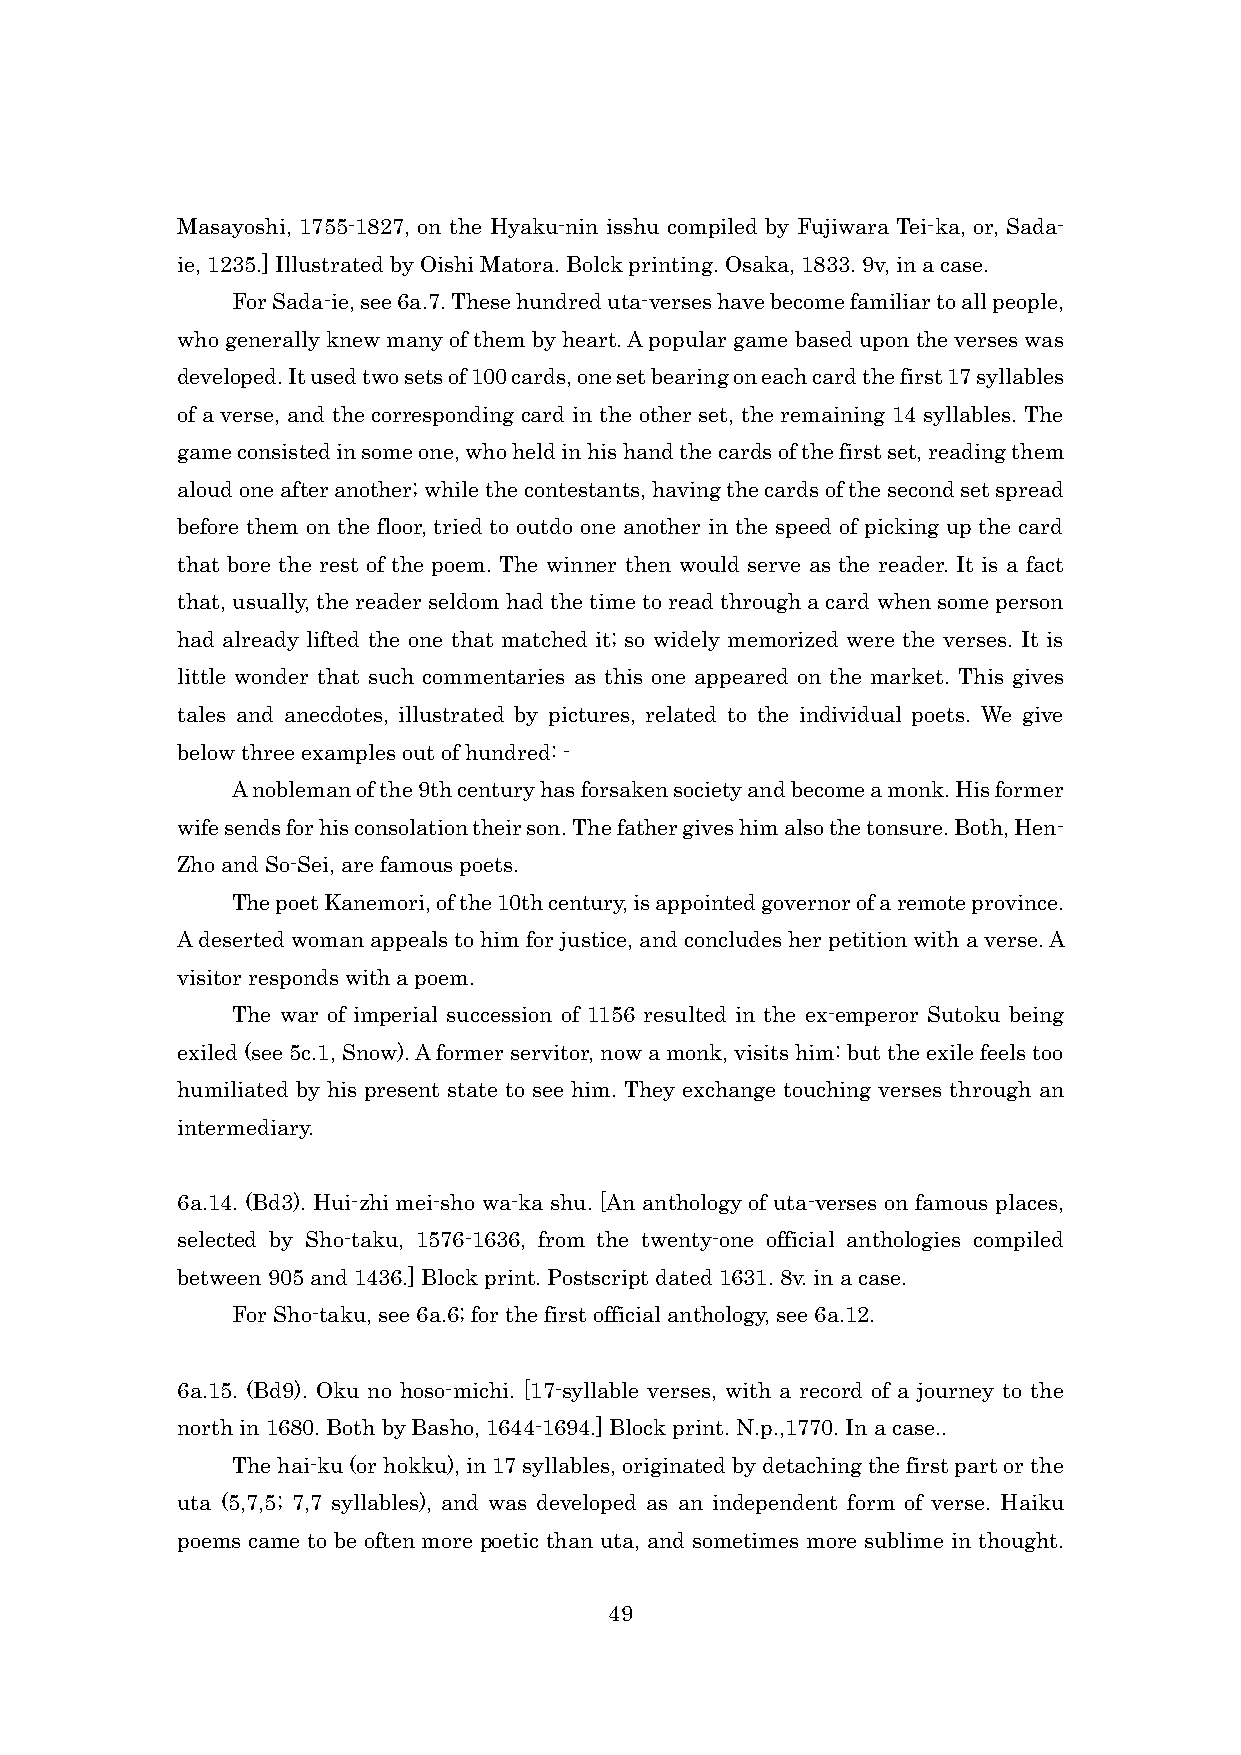
Masayoshi, 1755-1827, on the Hyaku-nin isshu compiled by Fujiwara Tei-ka, or, Sada-
 ie, 1235.] Illustrated by Oishi Matora. Bolck printing. Osaka, 1833. 9v, in a case.
 For Sada-ie, see 6a.7. These hundred uta-verses have become familiar to all people,
 who generally knew many of them by heart. A popular game based upon the verses was
 developed. It used two sets of 100 cards, one set bearing on each card the first 17 syllables
 of a verse, and the corresponding card in the other set, the remaining 14 syllables. The
 game consisted in some one, who held in his hand the cards of the first set, reading them
 aloud one after another; while the contestants, having the cards of the second set spread
 before them on the floor, tried to outdo one another in the speed of picking up the card
 that bore the rest of the poem. The winner then would serve as the reader. It is a fact
 that, usually, the reader seldom had the time to read through a card when some person
 had already lifted the one that matched it; so widely memorized were the verses. It is
 little wonder that such commentaries as this one appeared on the market. This gives
 tales and anecdotes, illustrated by pictures, related to the individual poets. We give
 below three examples out of hundred: -
 A nobleman of the 9th century has forsaken society and become a monk. His former
 wife sends for his consolation their son. The father gives him also the tonsure. Both, Hen-
 Zho and So-Sei, are famous poets.
 The poet Kanemori, of the 10th century, is appointed governor of a remote province.
 A deserted woman appeals to him for justice, and concludes her petition with a verse. A
 visitor responds with a poem.
 The war of imperial succession of 1156 resulted in the ex-emperor Sutoku being
 exiled (see 5c.1, Snow). A former servitor, now a monk, visits him: but the exile feels too
 humiliated by his present state to see him. They exchange touching verses through an
 intermediary.
 6a.14. (Bd3). Hui-zhi mei-sho wa-ka shu. [An anthology of uta-verses on famous places,
 selected by Sho-taku, 1576-1636, from the twenty-one official anthologies compiled
 between 905 and 1436.] Block print. Postscript dated 1631. 8v. in a case.
 For Sho-taku, see 6a.6; for the first official anthology, see 6a.12.
 6a.15. (Bd9). Oku no hoso-michi. [17-syllable verses, with a record of a journey to the
 north in 1680. Both by Basho, 1644-1694.] Block print. N.p.,1770. In a case..
 The hai-ku (or hokku), in 17 syllables, originated by detaching the first part or the
 uta (5,7,5; 7,7 syllables), and was developed as an independent form of verse. Haiku
 poems came to be often more poetic than uta, and sometimes more sublime in thought.
 49